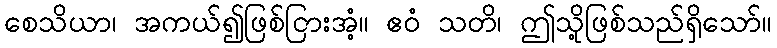
စေသိယာ၊ အကယ်၍ဖြစ်ငြားအံ့။ ဧဝံ သတိ၊ ဤသို့ဖြစ်သည်ရှိသော်။